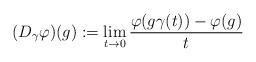
LaTeX: \begin{align*}(D_\gamma\varphi)(g):=\lim_{t\to 0}\frac{\varphi(g\gamma(t))-\varphi(g)}{t} \end{align*}